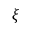
\xi